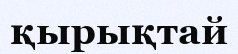
қырықтай